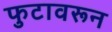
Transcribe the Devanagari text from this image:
फुटावरून